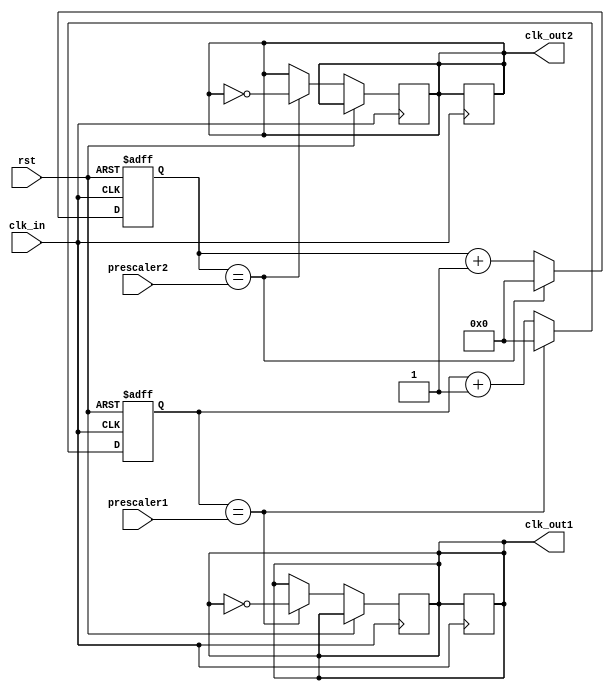
module dual_modulus_clock_divider (
    input wire clk_in,
    input wire rst,
    input wire [7:0] prescaler1,
    input wire [7:0] prescaler2,
    output reg clk_out1,
    output reg clk_out2
);

reg [7:0] counter1;
reg [7:0] counter2;
reg clk_out1_sync;
reg clk_out2_sync;

always @(posedge clk_in or posedge rst) begin
    if (rst) begin
        counter1 <= 8'b0;
        counter2 <= 8'b0;
    end else begin
        if (counter1 == prescaler1) begin
            counter1 <= 8'b0;
            clk_out1 <= ~clk_out1;
        end else begin
            counter1 <= counter1 + 1;
        end
        
        if (counter2 == prescaler2) begin
            counter2 <= 8'b0;
            clk_out2 <= ~clk_out2;
        end else begin
            counter2 <= counter2 + 1;
        end
    end
end

always @(posedge clk_in) begin
    clk_out1_sync <= clk_out1;
    clk_out2_sync <= clk_out2;
end

assign clk_out1 = clk_out1_sync;
assign clk_out2 = clk_out2_sync;

endmodule